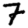
Digit: 7